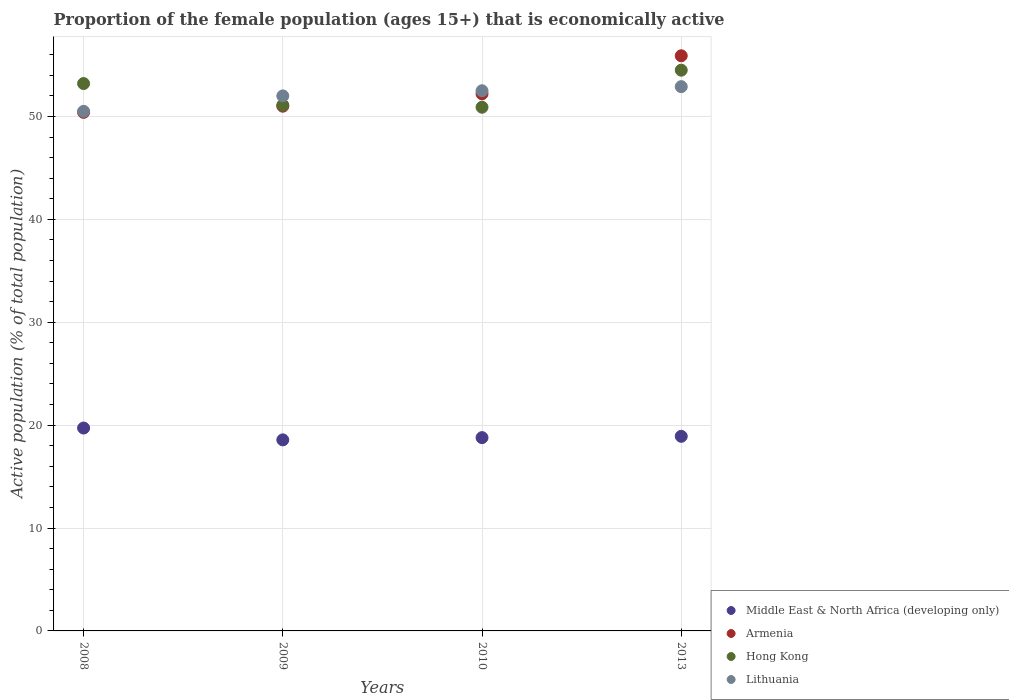
| Years | Middle East & North Africa (developing only) | Armenia | Hong Kong | Lithuania |
 | --- | --- | --- | --- | --- |
 | 2008 | 19.7 | 50.4 | 53.2 | 50.5 |
 | 2009 | 18.6 | 51 | 51.1 | 52 |
 | 2010 | 18.8 | 52.2 | 50.9 | 52.5 |
 | 2013 | 18.9 | 55.9 | 54.5 | 52.9 |